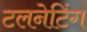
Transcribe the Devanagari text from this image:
टलनेटिंग